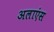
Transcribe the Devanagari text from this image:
अलाएंस